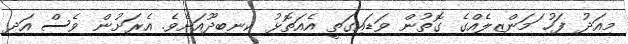
މިއަދު ފަހު ަމަންޒިލެއްގެ ގޮތުން ވަޑައިގަތީ އެއަތޮޅު ކިނބިދޫއަށެވެ. އެރަށުން ވެސް އަދި